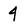
Character: 4